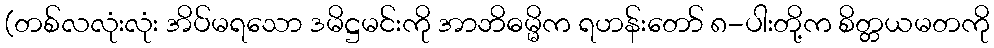
(တစ်လလုံးလုံး အိပ်မရသော ဒမိဋ္ဌမင်းကို အာဘိဓမ္မိက ရဟန်းတော် ၈-ပါးတို့က စိတ္တယမတကို